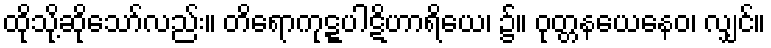
ထိုသို့ဆိုသော်လည်း။ တိရောကုဋ္ဋပါဋိဟာရိယေ၊ ၌။ ဝုတ္တနယေနေဝ၊ လျှင်။